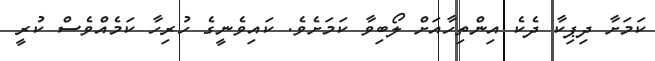
ކަމަށާ ދިޕިކާ ދެކެ އިންތިހާއަށް ލޯބިވާ ކަމަށެވެ. ކައިވެނީގެ ހުރިހާ ކަމެއްވެސް ކުރީ